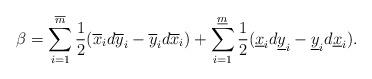
LaTeX: \begin{align*} \beta=\sum_{i=1}^{\overline m} \frac{1}{2}(\overline x_i d\overline y_i - \overline y_i d\overline x_i) + \sum_{i=1}^{\underline m} \frac{1}{2}(\underline x_i d\underline y_i - \underline y_i d\underline x_i).\end{align*}